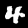
Digit: 4